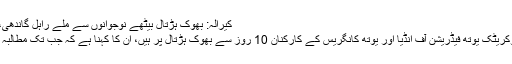
کیرالہ: بھوک ہڑتال بیٹھے نوجوانوں سے ملے راہل گاندھی، سفر پر لگی پابندی کو ہٹانے کا کیا مطالبہ
این ایچ 766 پر لگی پابندی کے خلاف ڈیموکریٹک یوتھ فیڈریشن آف انڈیا اور یوتھ کانگریس کے کارکنان 10 روز سے بھوک ہڑتال پر ہیں، ان کا کہنا ہے کہ جب تک مطالبہ پورا نہیں ہوتا بھوک ہڑتال جاری رہے گی۔